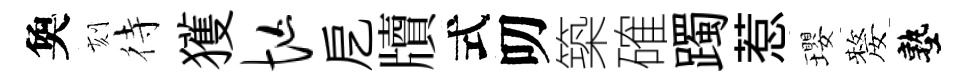
奐刻待獲忙戹牘式叨築確躅惹瓔嫠塾